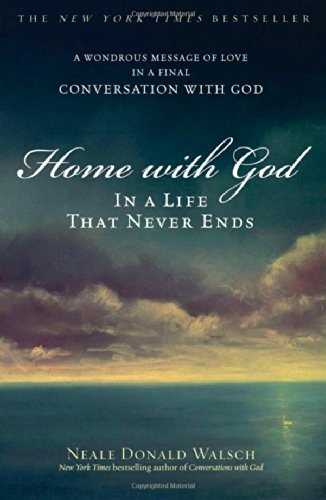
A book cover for Home with God: In a Life That Never Ends; Neale Donald Walsch; Self-Help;